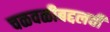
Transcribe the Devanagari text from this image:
चळवळीबद्दलची